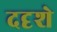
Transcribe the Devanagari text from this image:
ददृशे